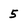
Character: 5